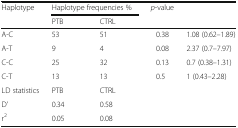
<table><thead><tr><td rowspan="2"><b>Haplotype</b></td><td colspan="2"><b>Haplotype frequencies %</b></td><td rowspan="2"><b><i>p</i>-value</b></td><td rowspan="2"></td></tr><tr><td><b>PTB</b></td><td><b>CTRL</b></td></tr></thead><tbody><tr><td>A-C</td><td>53</td><td>51</td><td>0.38</td><td>1.08 (0.62–1.89)</td></tr><tr><td>A-T</td><td>9</td><td>4</td><td>0.08</td><td>2.37 (0.7–7.97)</td></tr><tr><td>C-C</td><td>25</td><td>32</td><td>0.13</td><td>0.7 (0.38–1.31)</td></tr><tr><td>C-T</td><td>13</td><td>13</td><td>0.5</td><td>1 (0.43–2.28)</td></tr><tr><td>LD statistics</td><td>PTB</td><td>CTRL</td><td colspan="2"></td></tr><tr><td>D’</td><td>0.34</td><td>0.58</td><td rowspan="2"></td><td rowspan="2"></td></tr><tr><td>r<sup>2</sup></td><td>0.05</td><td>0.08</td></tr></tbody></table>